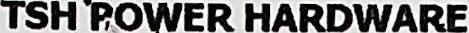
TSH POWER HARDWARE